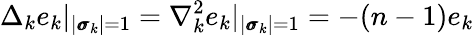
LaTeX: \Delta_{k}e_{k}|_{|\pmb{\sigma}_{k}|=1}=\nabla_{k}^{2}e_{k}|_{|\pmb{\sigma}_{k}|=1}=-(n-1)e_{k}